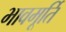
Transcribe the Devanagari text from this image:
भावमूर्ति